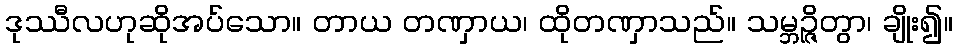
ဒုဿီလဟုဆိုအပ်သော။ တာယ တဏှာယ၊ ထိုတဏှာသည်။ သမ္ဘဉ္ဇိတွာ၊ ချိုး၍။